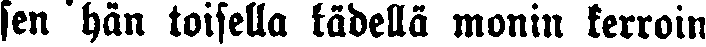
sen hän toisella kädellä monin kerroin